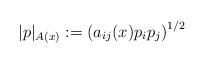
\begin{align*}|p|_{A(x)} := \left( a_{ij}(x) p_i p_j\right)^{1/2} \end{align*}